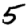
Digit: 5